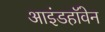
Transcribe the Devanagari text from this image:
आइंडहॉवेन